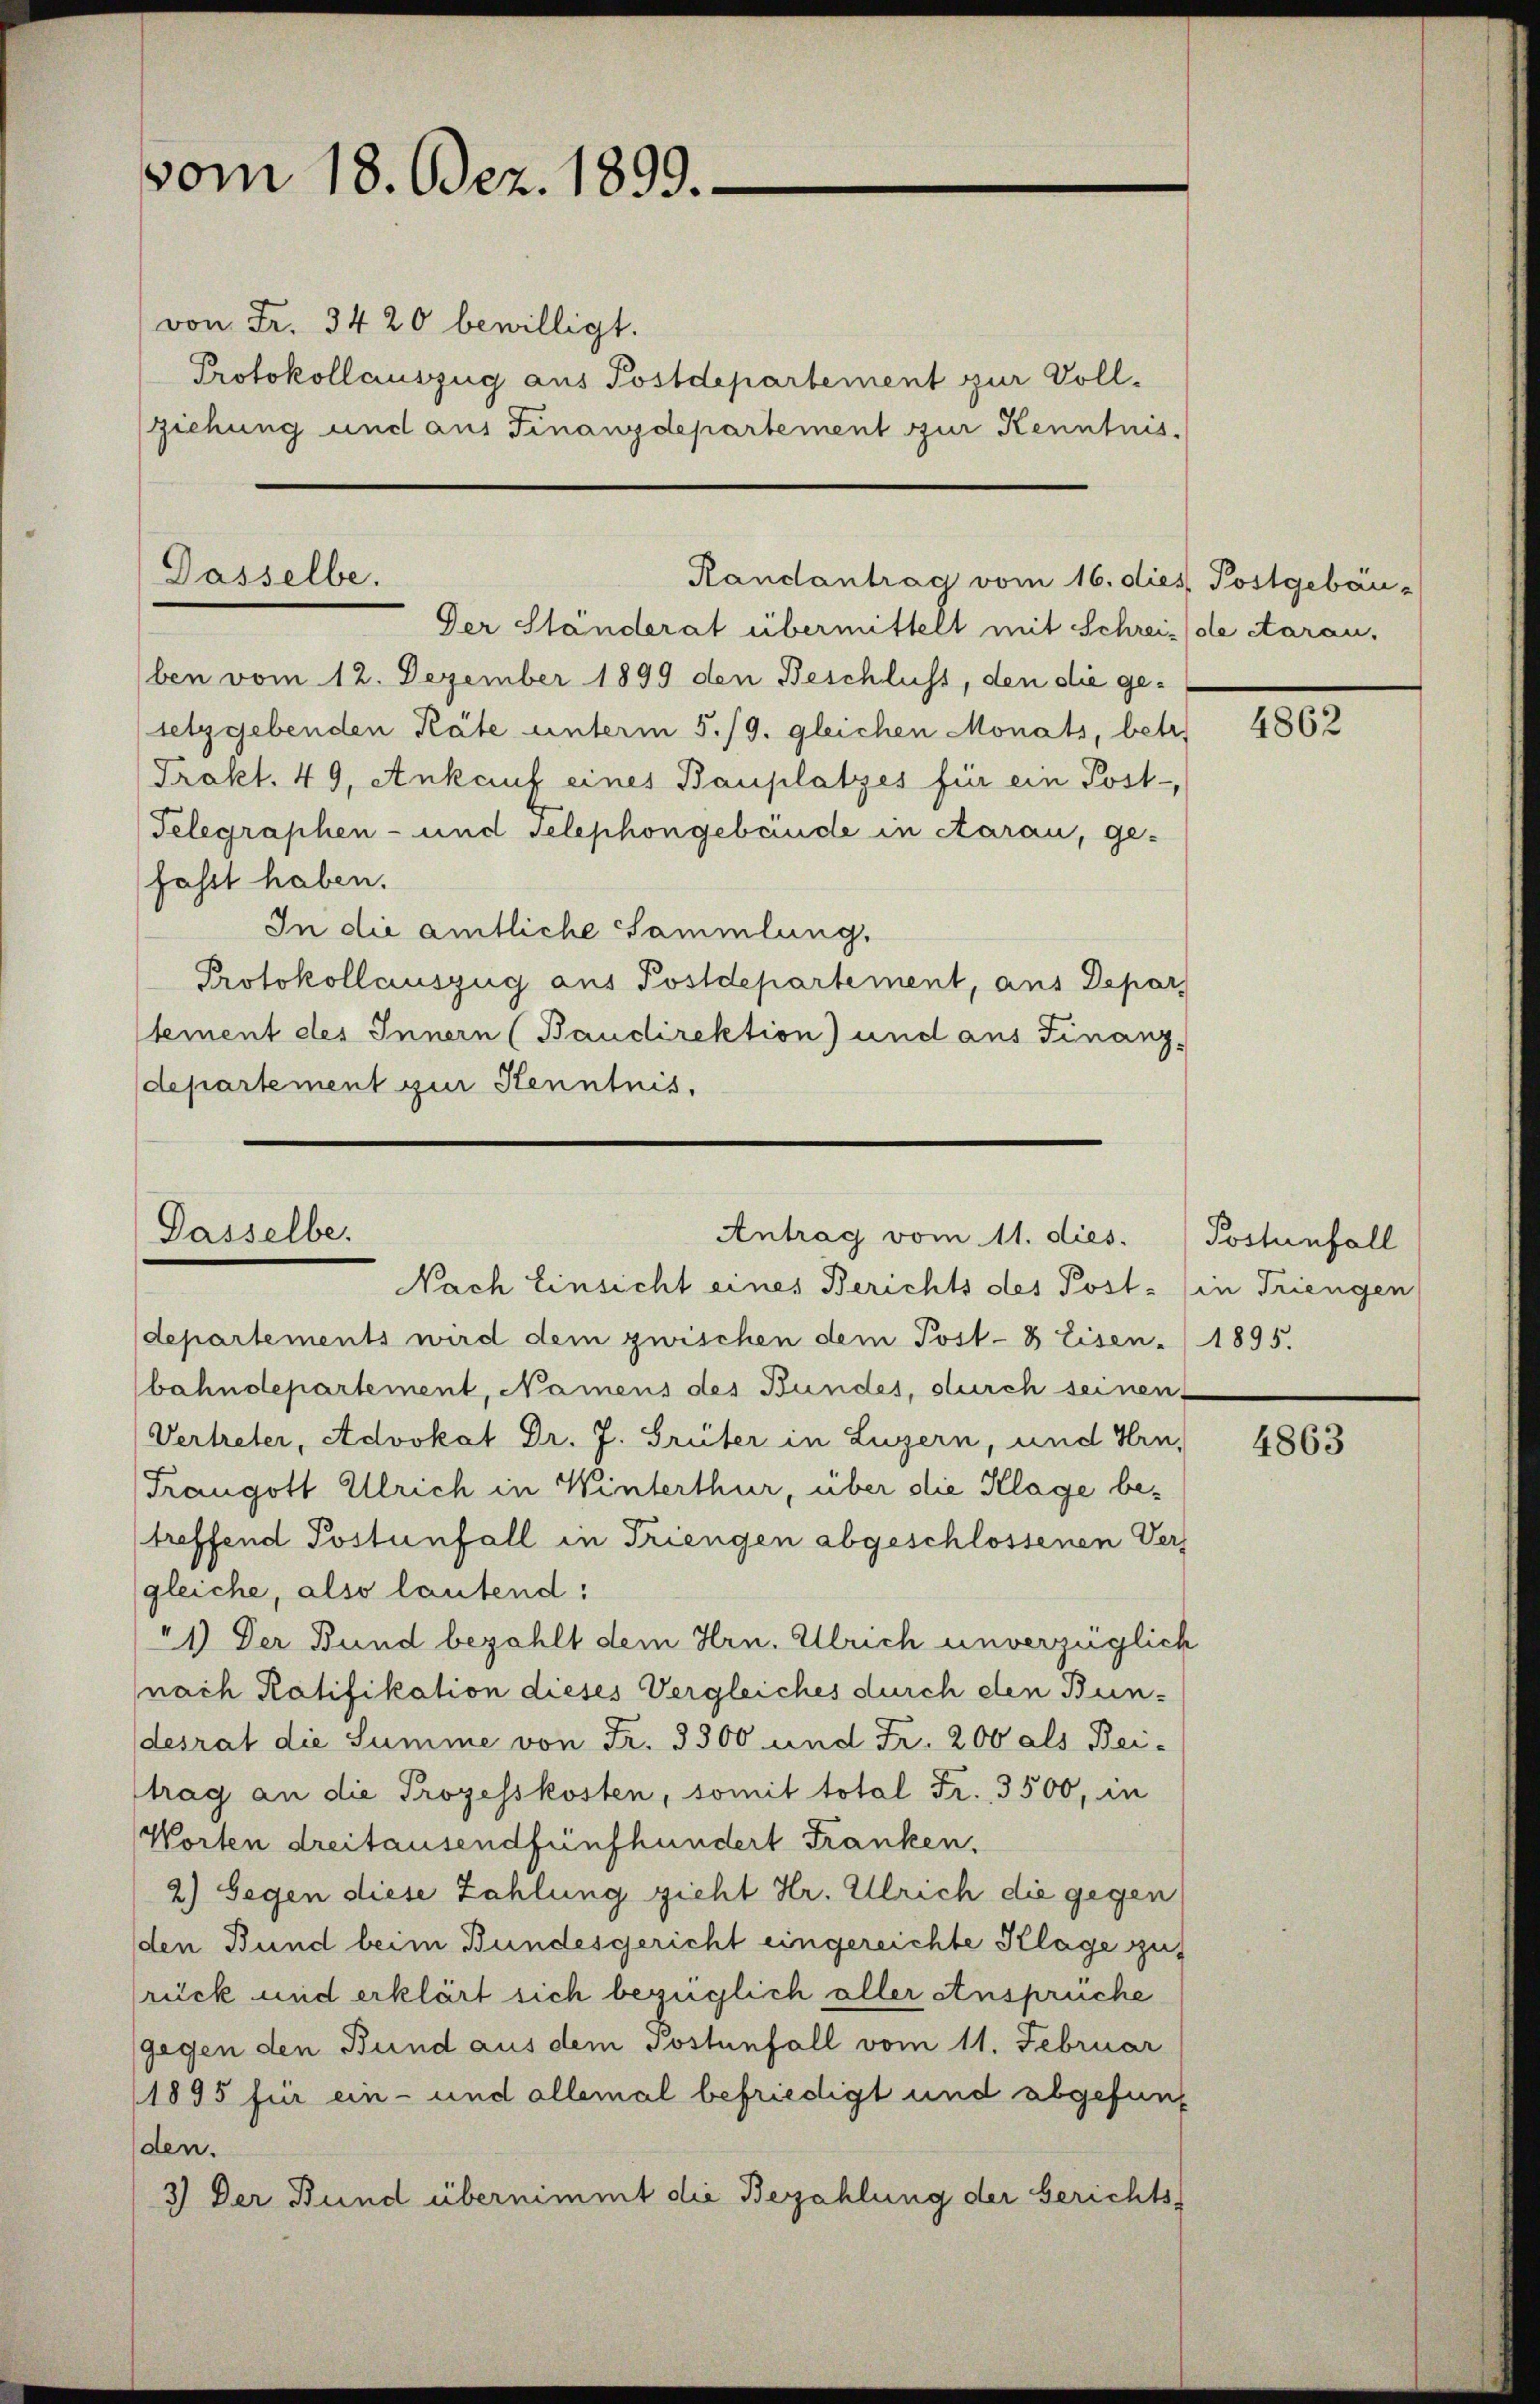
vom 18. Dez. 1899.

von Fr. 3420 bewilligt.
Protokollauszug aus Postdepartement zur Vollziehung und aus Finanzdepartement zur Kenntnis.

Dasselbe.

Dasselbe.

Randantrag vom 16. dies Postgebäu-

Der Ständerat übermittelt mit Schreis de daran.
ben vom 12. Dezember 1899 den Beschluss, den die gesetzgebenden Räte unterm 5./9. gleichen Monats, betr.
Trakt. 49, Ankauf eines Bauplatzes für ein Post-
Telegraphen- und Telephongebäude in carau, ge-
fasst haben.
In die amtliche Sammlung.
Protokollauszug aus Postdepartement, aus Depar
tement des Innern (Baudirektion) und aus Finanz-
departement zur Kenntnis.

Nach Einsicht eines Berichts des Post (in Triengen
departements wird dem zwischen dem Post- 8 Eisen - 1895.
bahndepartement, Namens des Bundes, durch seinen
Vertreter, Advokat Dr. J. Grüter in Luzern, und Hrn.
Trangott Ulrich in Winterthur, über die Klage betreffend Postenfall in Triengen abgeschlossenen Vers
gleiche, also lautend:
“1) Der Bund bezahlt dem Hrn. Ulrich unverzüglich
(nach Ratifikation dieses Vergleiches durch den Bundesrat die Summe von Fr. 3500 und Fr. 200 als Bei-
trag an die Prozesskosten, somit total Fr. 3500, in
Worten dreitausendfünfhundert Franken,
2) Gegen diese Zahlung gieht Hr. Ulrich die gegen
den Bund beim Bundesgericht eingereichte Klage zut
rück und erklärt sich bezüglich aller Ansprüche
gegen den Bund aus dem Postenfall vom 11. Februar
1895 für ein- und allemal befriedigt und abgefunden.
3) Der Bund übernimmt die Bezahlung der Berichts¬

Antrag vom 11. dies.

4862

Postenfall

4863